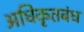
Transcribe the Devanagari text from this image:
अधिकृतबंध